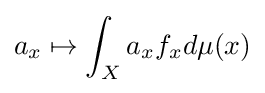
a_{x}\mapsto \int _{X}a_{x}f_{x}d\mu (x)